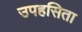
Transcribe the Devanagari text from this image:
उपहसिता